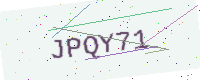
Text: JPQY71